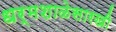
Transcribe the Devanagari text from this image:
धर्मशाळेसारखी